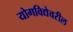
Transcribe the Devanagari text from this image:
योगविद्येवरील